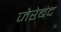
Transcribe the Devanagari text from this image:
जेरेबंद